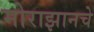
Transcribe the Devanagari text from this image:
मोराझानचे